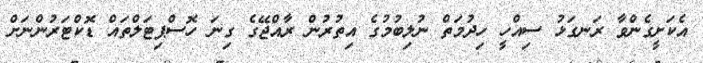
އެކަށީގެންވާ ރަނގަޅު ސިއްހީ ހިދުމަތް ނުލިބުމުގެ އިތުރުން ރާއްޖޭގެ ގިނަ ހޮސްޕިޓަލްތައް ޑޮކްޓަރުންނަށް